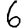
Digit: 6